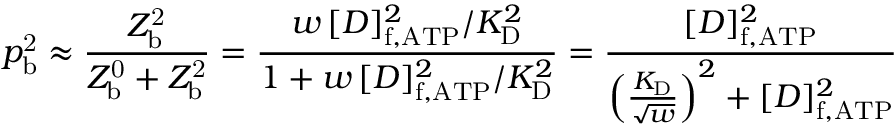
p _ { \mathrm { b } } ^ { \mathrm { 2 } } \approx \frac { Z _ { \mathrm { b } } ^ { \mathrm { 2 } } } { Z _ { \mathrm { b } } ^ { \mathrm { 0 } } + Z _ { \mathrm { b } } ^ { \mathrm { 2 } } } = \frac { w \, [ D ] _ { \mathrm { f , A T P } } ^ { 2 } / K _ { \mathrm { D } } ^ { 2 } } { 1 + w \, [ D ] _ { \mathrm { f , A T P } } ^ { 2 } / K _ { \mathrm { D } } ^ { 2 } } = \frac { [ D ] _ { \mathrm { f , A T P } } ^ { 2 } } { \left( \frac { K _ { \mathrm { D } } } { \sqrt { w } } \right) ^ { 2 } + [ D ] _ { \mathrm { f , A T P } } ^ { 2 } }